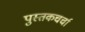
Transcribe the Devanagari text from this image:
पुस्तकचर्चा